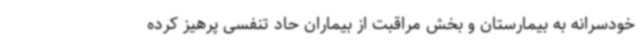
خودسرانه به بیمارستان و بخش مراقبت از بیماران حاد تنفسی پرهیز کرده